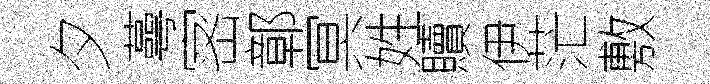
夕蕚宻鄣冥姓贖伊茫敷